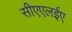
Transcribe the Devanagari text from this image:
सीएएलईए